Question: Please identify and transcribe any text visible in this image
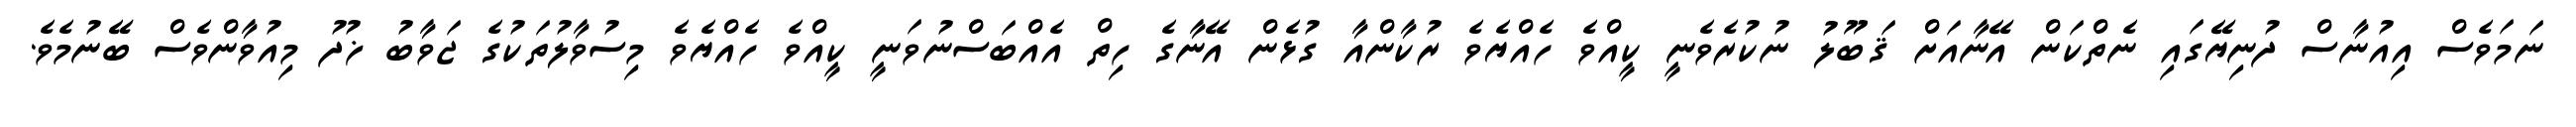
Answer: ނަމަވެސް އިއުނާސް ދުނިޔޭގައި ނެތްކަން އޭނާއަށް ޤަބޫލު ނުކުރެވެނީ ކީއްވެ ހެއްޔެވެ ރުކާންއާ ގުޅެން އޭނާގެ ހިތް އެއްބަސްނުވަނީ ކީއްވެ ހެއްޔެވެ މިސުވާލުތަކުގެ ޖަވާބު ޚުދު މިއުވާންވެސް ބޭނުމެވެ.